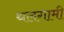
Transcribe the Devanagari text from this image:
थलगामी